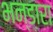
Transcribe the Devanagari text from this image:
भन्डारा